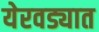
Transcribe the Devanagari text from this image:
येरवड्यात